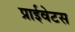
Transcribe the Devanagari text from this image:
प्राईवेटस